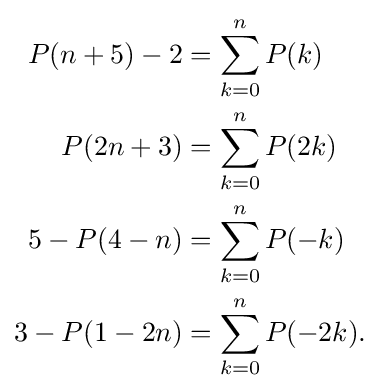
{\begin{aligned}P(n+5)-2&=\sum _{k=0}^{n}P(k)\\P(2n+3)&=\sum _{k=0}^{n}P(2k)\\5-P(4-n)&=\sum _{k=0}^{n}P(-k)\\3-P(1-2n)&=\sum _{k=0}^{n}P(-2k).\end{aligned}}